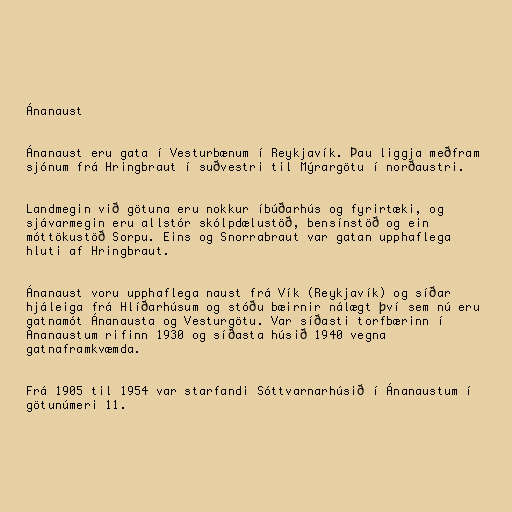
Ánanaust

Ánanaust eru gata í Vesturbænum í Reykjavík. Þau liggja meðfram
sjónum frá Hringbraut í suðvestri til Mýrargötu í norðaustri.

Landmegin við götuna eru nokkur íbúðarhús og fyrirtæki, og
sjávarmegin eru allstór skólpdælustöð, bensínstöð og ein
móttökustöð Sorpu. Eins og Snorrabraut var gatan upphaflega
hluti af Hringbraut.

Ánanaust voru upphaflega naust frá Vík (Reykjavík) og síðar
hjáleiga frá Hlíðarhúsum og stóðu bæirnir nálægt því sem nú eru
gatnamót Ánanausta og Vesturgötu. Var síðasti torfbærinn í
Ánanaustum rifinn 1930 og síðasta húsið 1940 vegna
gatnaframkvæmda.

Frá 1905 til 1954 var starfandi Sóttvarnarhúsið í Ánanaustum í
götunúmeri 11.